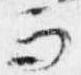
而